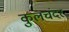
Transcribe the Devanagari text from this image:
कुलचंदर